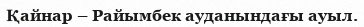
Қайнар – Райымбек ауданындағы ауыл.